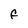
Character: F